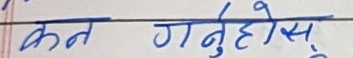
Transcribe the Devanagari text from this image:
कन गर्नुहोस्